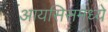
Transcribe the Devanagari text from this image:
आयसिसमध्ये